Source: Handwritten
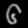
Digit: ၆ (6)